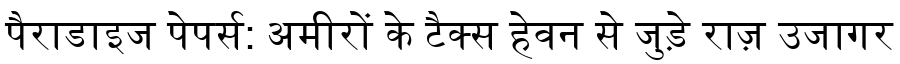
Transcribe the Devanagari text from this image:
पैराडाइज पेपर्स: अमीरों के टैक्स हेवन से जुड़े राज़ उजागर